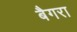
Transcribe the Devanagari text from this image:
बैगरा